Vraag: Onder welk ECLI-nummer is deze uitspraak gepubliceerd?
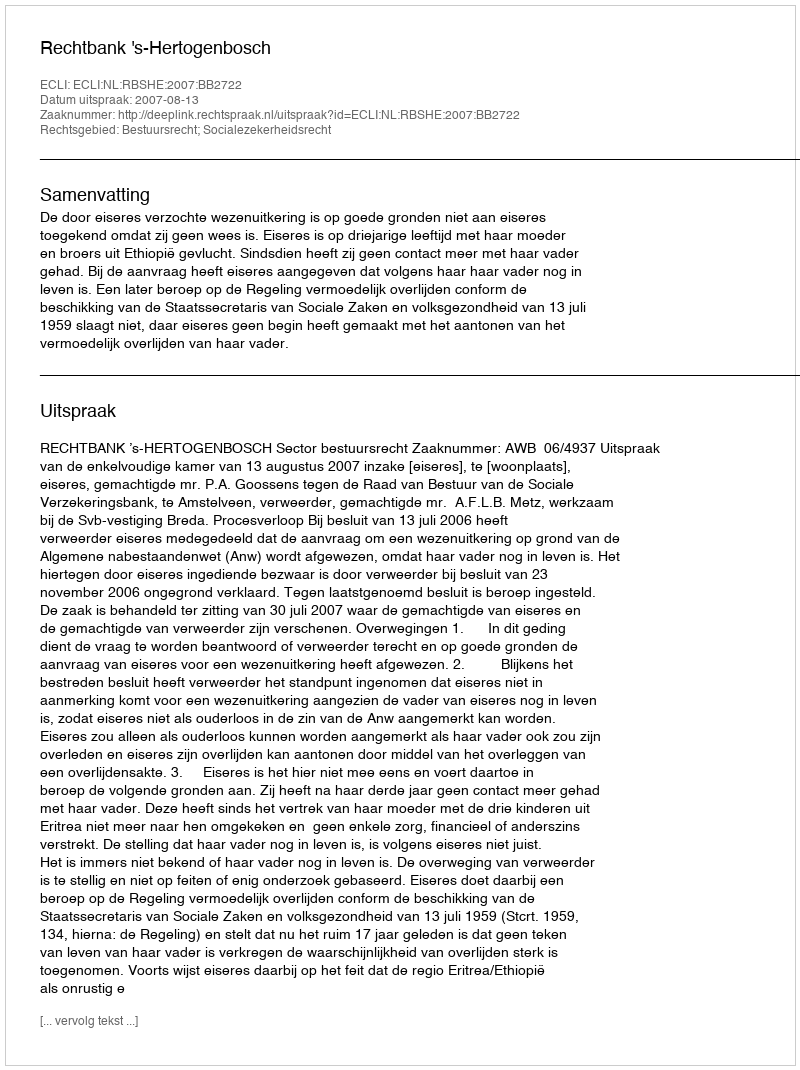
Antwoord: ECLI:NL:RBSHE:2007:BB2722